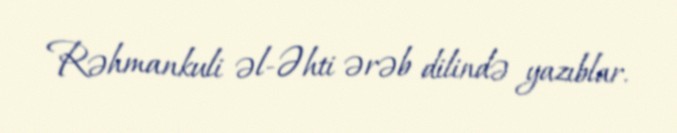
Rəhmankuli əl-Əhti ərəb dilində yazıblar.